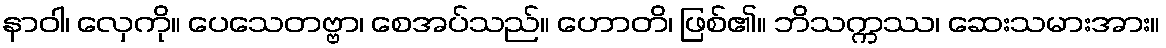
နာဝါ၊ လှေကို။ ပေသေတဗ္ဗာ၊ စေအပ်သည်။ ဟောတိ၊ ဖြစ်၏။ ဘိသက္ကဿ၊ ဆေးသမားအား။